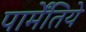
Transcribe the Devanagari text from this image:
पार्मेंतिये